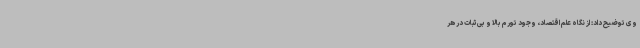
وی توضیح داد: از نگاه علم اقتصاد، وجود تورم بالا و بی‌ثبات در هر